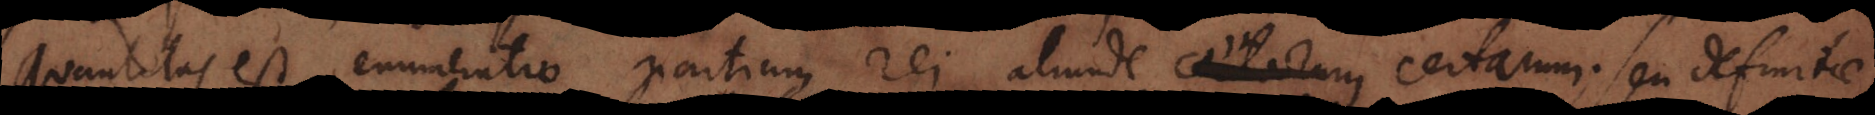
Quantitas est enumeratio partium rei aliunde certarum seu definitae